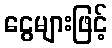
ငွေများဖြင့်